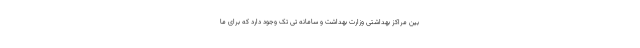
بین مراکز بهداشتی وزارت بهداشت و سامانه تی تک وجود دارد که برای ما